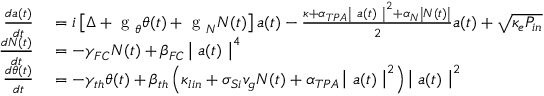
\begin{array} { r l } { \frac { d a ( t ) } { d t } } & { { } = i \left[ \Delta + \mathrm { ~ g ~ } _ { \theta } \theta ( t ) + \mathrm { ~ g ~ } _ { N } N ( t ) \right] a ( t ) - \frac { \kappa + \alpha _ { T P A } \left| ~ a ( t ) ~ \right| ^ { 2 } + \alpha _ { N } \left| N ( t ) \right| } { 2 } a ( t ) + \sqrt { \kappa _ { e } P _ { i n } } } \\ { \frac { d N ( t ) } { d t } } & { { } = - \gamma _ { F C } N ( t ) + \beta _ { F C } \left| ~ a ( t ) ~ \right| ^ { 4 } } \\ { \frac { d \theta ( t ) } { d t } } & { { } = - \gamma _ { t h } \theta ( t ) + \beta _ { t h } \left( \kappa _ { l i n } + \sigma _ { S i } v _ { g } N ( t ) + \alpha _ { T P A } \left| ~ a ( t ) ~ \right| ^ { 2 } \right) \left| ~ a ( t ) ~ \right| ^ { 2 } } \end{array}